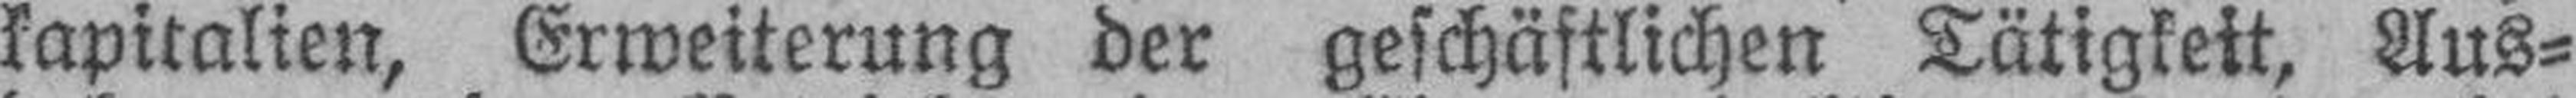
kapitalien, Erweiterung der geschäftlichen Tätigkeit, Aus¬